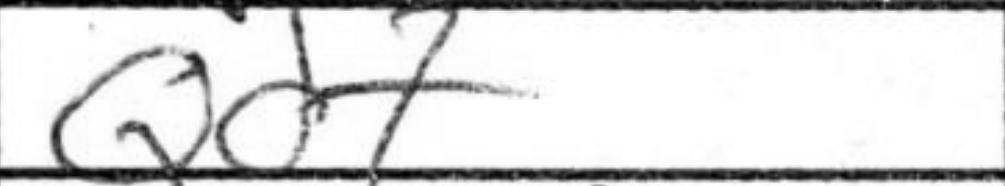
Transcription: Qd7